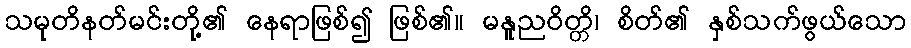
သမုတိနတ်မင်းတို့၏ နေရာဖြစ်၍ ဖြစ်၏။ မနူညဝိတ္တိ၊ စိတ်၏ နှစ်သက်ဖွယ်သော